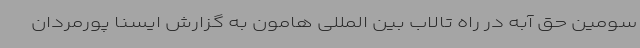
سومین حق آبه در راه تالاب بین المللی هامون به گزارش ایسنا پورمردان